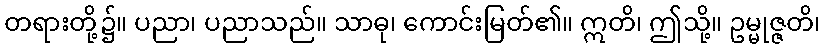
တရားတို့၌။ ပညာ၊ ပညာသည်။ သာဓု၊ ကောင်းမြတ်၏။ ဣတိ၊ ဤသို့။ ဥမ္မုဇ္ဇတိ၊